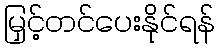
မြှင့်တင်ပေးနိုင်ရန်